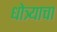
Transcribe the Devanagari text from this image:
धोत्र्याचा